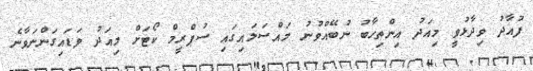
ފުއާދު ވިދާޅުވީ މިއަދު އިންތިހާބު ނުބޭއްވުނު މައްސަލައިގައި ސުޕްރީމް ކޯޓަށް މިއަދު ވަޑައިގަންނަވާނެ